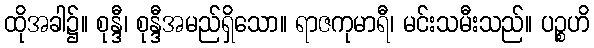
ထိုအခါ၌။ စုန္ဒီ၊ စုန္ဒီအမည်ရှိသော။ ရာဇကုမာရီ၊ မင်းသမီးသည်။ ပဉ္စဟိ